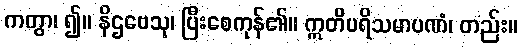
ကတွာ၊ ၍။ နိဌဗေသု၊ ပြီးစေကုန်၏။ ဣတိပရိသမာပဏံ၊ တည်း။